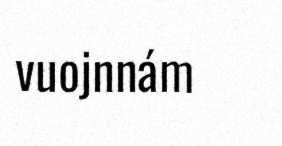
vuojnnám